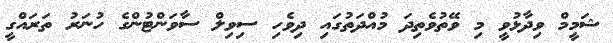
ޝަމީމް ވިދާޅުވީ މި ވޭތުވެތިދަ މުއްދަތުގައި ދިވެހި ސިވިލް ސާވަންޓުންގެ ހުނަރު ތަރައްގީ